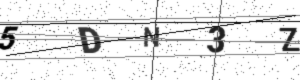
Text: 5DN3Z